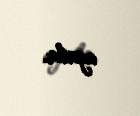
azalır.